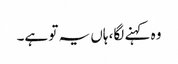
وہ کہنے لگا، ہاں یہ تو ہے۔